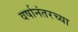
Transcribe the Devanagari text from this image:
वर्षानंतरच्या